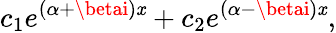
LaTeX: c_{1}e^{(\alpha+\betai)\mathit{x}}+c_{2}e^{(\alpha-\betai)\mathit{x}},